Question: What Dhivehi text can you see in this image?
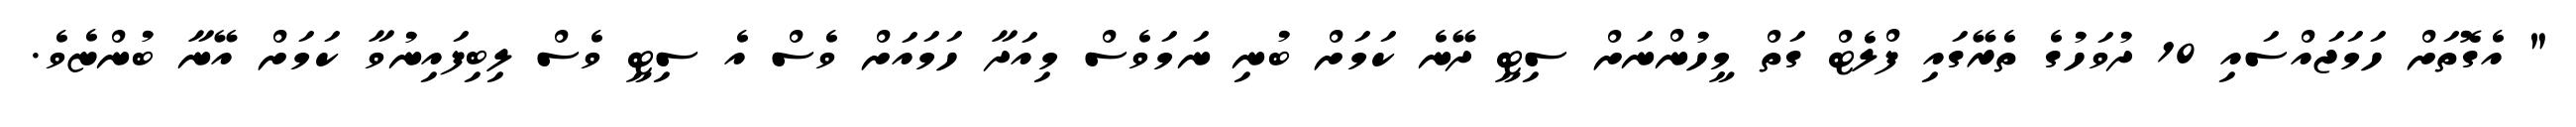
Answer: " އެގޮތަށް ހަމަޖައްސައި 10 ދުވަހުގެ ތެރޭގައި ފްލެޓް ގަތް މީހުންނަށް ސިޓީ ދޭނެ ކަމަށް ބުނި ނަމަވެސް މިއަދާ ހަމައަށް ވެސް އެ ސިޓީ ވެސް ލިބިފައިނުވާ ކަމަށް އޭނާ ބުންޏެވެ.